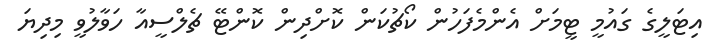
އިޓަލީގެ ގައުމީ ޓީމަށް އެންމެފަހުން ކޯޗުކަން ކޮށްދިން ކޮންޓޭ ޗެލްސީއާ ހަވާލުވީ މިދިޔަ